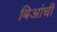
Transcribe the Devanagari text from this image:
बिआंची